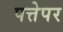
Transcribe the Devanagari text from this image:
पत्तेपर